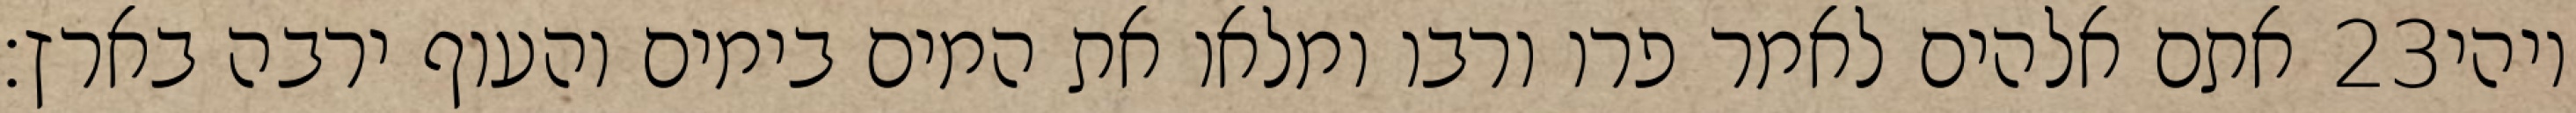
אתם אלהים לאמר פרו ורבו ומלאו את המים בימים והעוף ירבה בארץ׃ ‎23‏ ויהי